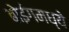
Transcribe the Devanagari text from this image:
बोईंगमध्ये